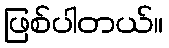
ဖြစ်ပါတယ်။